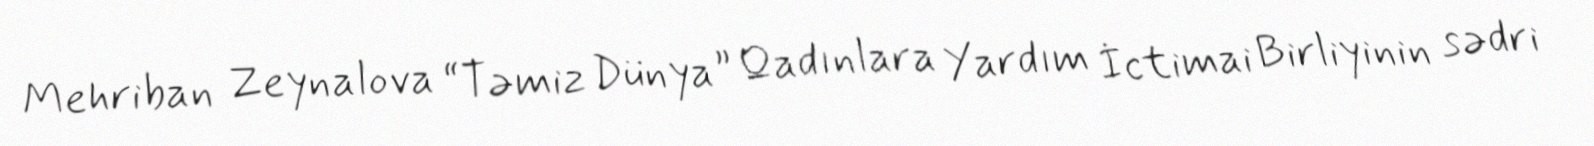
Mehriban Zeynalova “Təmiz Dünya” Qadınlara Yardım İctimai Birliyinin sədri